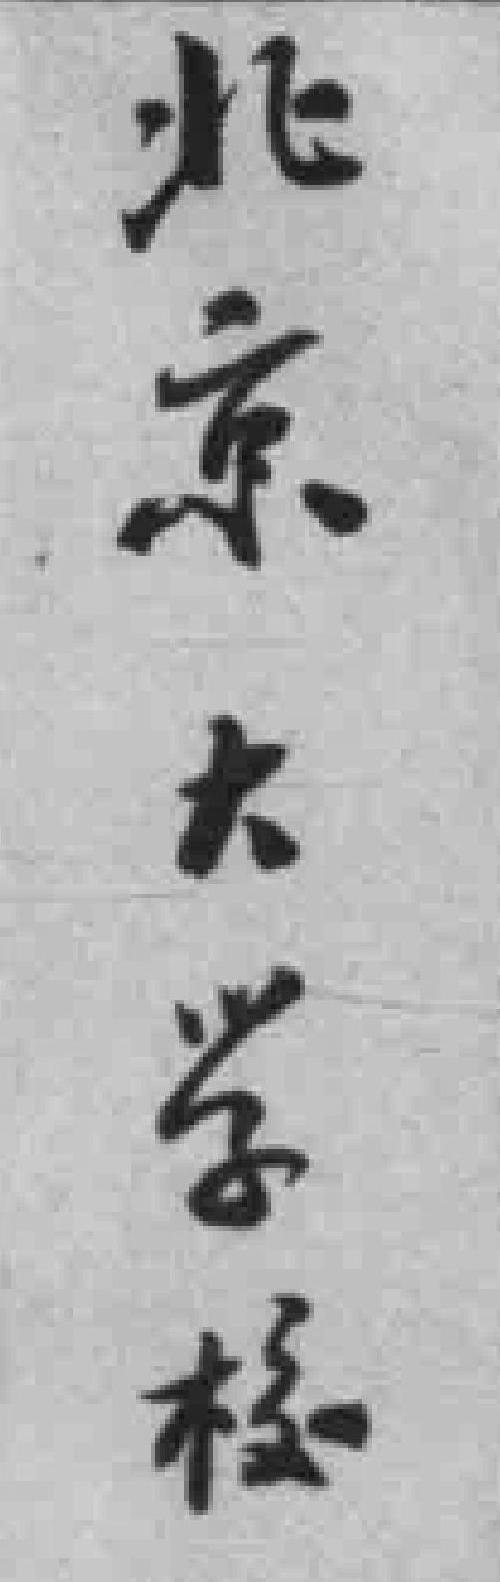
北京大学校